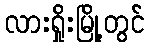
လားရှိုးမြို့တွင်